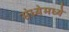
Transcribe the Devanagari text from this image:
संध्येमध्ये